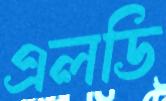
এলডি